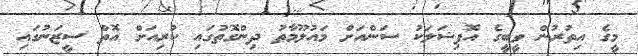
މީގެ އިތުރުން ވީބީގެ އޮފިޝަލަކު ސަންއަށް މައުލޫމާތު ދިންގޮތުގައި ކުރިއަށް އޮތް ސީޒަނުގައި